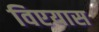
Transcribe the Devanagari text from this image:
विएयास